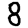
Digit: 8